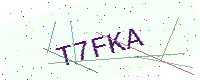
Text: T7FKA